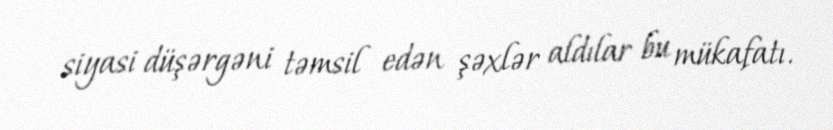
siyasi düşərgəni təmsil edən şəxlər aldılar bu mükafatı.